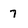
Character: 7